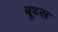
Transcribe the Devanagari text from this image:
बूथ्स